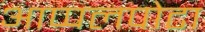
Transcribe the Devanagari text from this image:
आप्पलपोटा